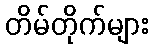
တိမ်တိုက်များ